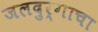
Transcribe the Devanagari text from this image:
जलदुर्गाचा